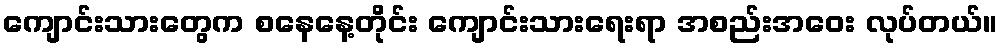
ကျောင်းသားတွေက စနေနေ့တိုင်း ကျောင်းသားရေးရာ အစည်းအဝေး လုပ်တယ်။